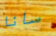
سانا